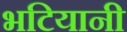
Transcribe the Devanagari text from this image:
भटियानी